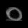
Digit: ၀